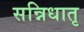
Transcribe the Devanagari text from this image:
सन्निधातृ